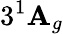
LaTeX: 3^{1}\mathbf{A}_{g}